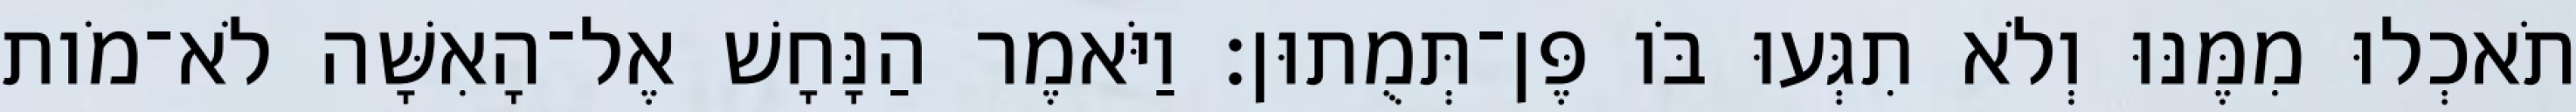
תֹאכְלוּ מִמֶּנּוּ וְלֹא תִגְּעוּ בֹּו פֶּן־תְּמֻתוּן׃ וַיֹּאמֶר הַנָּחָשׁ אֶל־הָאִשָּׁה לֹא־מֹות